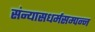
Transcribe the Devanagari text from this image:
संन्यासधर्मसम्पन्न